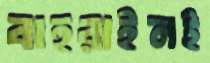
বাহরাইনই